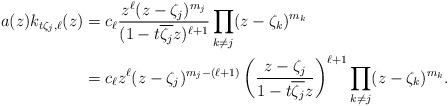
LaTeX: \begin{align*}a(z) k_{t\zeta_j, \ell}(z) & = c_{\ell} \frac{z^{\ell} (z- \zeta_j)^{m_j}}{(1 - t\overline{\zeta_j} z)^{\ell + 1}} \prod_{k\neq j}(z-\zeta_k)^{m_k}\\& = c_{\ell} z^{\ell} (z - \zeta_j)^{m_j - (\ell + 1)} \left(\frac{z - \zeta_j}{1 - t\overline{\zeta_j} z}\right)^{\ell + 1} \prod_{k\neq j}(z-\zeta_k)^{m_k}.\end{align*}